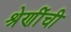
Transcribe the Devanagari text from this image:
श्रेणींची